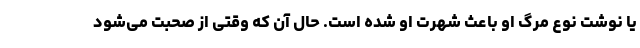
یا نوشت نوع مرگ او باعث شهرت او شده است. حال آن که وقتی از صحبت می‌شود